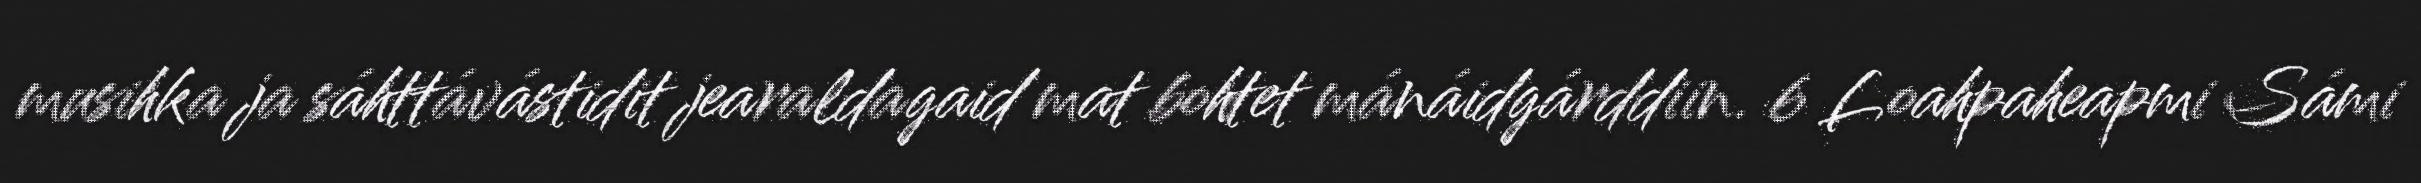
musihka ja sáhttávástidit jearaldagaid mat bohtet mánáidgárddiin. 6 Loahpaheapmi Sámi